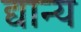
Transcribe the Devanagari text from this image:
द्यान्य